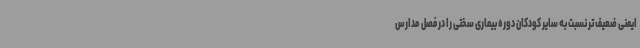
ایمنی ضعیف تر نسبت به سایر کودکان دوره بیماری سختی را در فصل مدارس